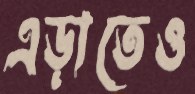
এড়াতেও